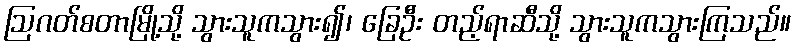
ဩဂတ်စတာမြို့သို့ သွားသူကသွား၍၊ ခြေဦး တည့်ရာဆီသို့ သွားသူကသွားကြသည်။